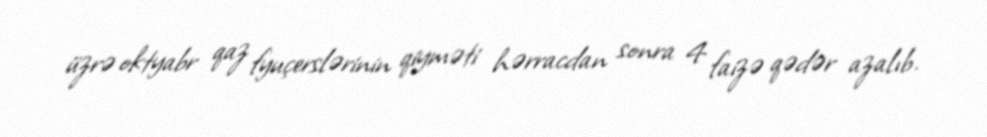
üzrə oktyabr qaz fyuçerslərinin qiyməti hərracdan sonra 4 faizə qədər azalıb.